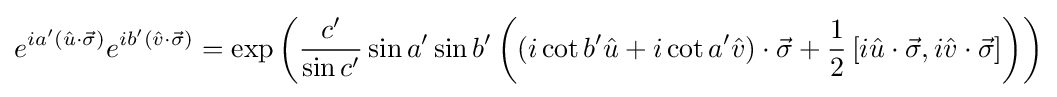
e^{ia'\left({\hat {u}}\cdot {\vec {\sigma }}\right)}e^{ib'\left({\hat {v}}\cdot {\vec {\sigma }}\right)}=\exp \left({\frac {c'}{\sin c'}}\sin a'\sin b'\left(\left(i\cot b'{\hat {u}}+i\cot a'{\hat {v}}\right)\cdot {\vec {\sigma }}+{\frac {1}{2}}\left[i{\hat {u}}\cdot {\vec {\sigma }},i{\hat {v}}\cdot {\vec {\sigma }}\right]\right)\right)